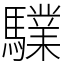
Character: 驜